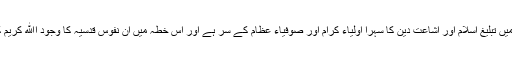
برصغیر پاک و ہند میں تبلیغ اسلام اور اشاعت دین کا سہرا اولیاء کرام اور صوفیاء عظام کے سر ہے اور اس خطہ میں ان نفوس قدسیہ کا وجود اﷲ کریم کا بہت بڑا انعام ہے۔